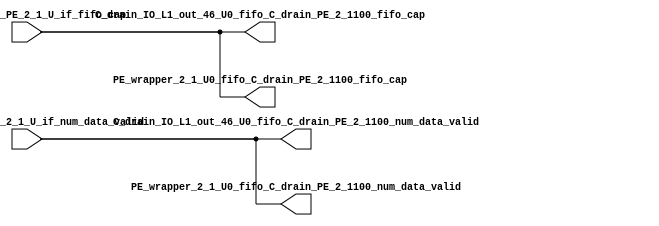
// ==================================================
// RTL generated by RapidStream
//
// Copyright 2024 RapidStream Design Automation, Inc.
// All Rights Reserved.
// ==================================================
`timescale 1 ns / 1 ps
module __rs_kernel3_aux_split_aux_92 #(
    parameter C_S_AXI_CONTROL_DATA_WIDTH  = 32,
    parameter C_S_AXI_CONTROL_ADDR_WIDTH  = 6,
    parameter C_S_AXI_DATA_WIDTH          = 32,
    parameter C_M_AXI_GMEM_A_ID_WIDTH     = 1,
    parameter C_M_AXI_GMEM_A_ADDR_WIDTH   = 64,
    parameter C_M_AXI_GMEM_A_DATA_WIDTH   = 512,
    parameter C_M_AXI_GMEM_A_AWUSER_WIDTH = 1,
    parameter C_M_AXI_GMEM_A_ARUSER_WIDTH = 1,
    parameter C_M_AXI_GMEM_A_WUSER_WIDTH  = 1,
    parameter C_M_AXI_GMEM_A_RUSER_WIDTH  = 1,
    parameter C_M_AXI_GMEM_A_BUSER_WIDTH  = 1,
    parameter C_M_AXI_GMEM_A_USER_VALUE   = 0,
    parameter C_M_AXI_GMEM_A_PROT_VALUE   = 0,
    parameter C_M_AXI_GMEM_A_CACHE_VALUE  = 3,
    parameter C_M_AXI_DATA_WIDTH          = 32,
    parameter C_M_AXI_GMEM_B_ID_WIDTH     = 1,
    parameter C_M_AXI_GMEM_B_ADDR_WIDTH   = 64,
    parameter C_M_AXI_GMEM_B_DATA_WIDTH   = 512,
    parameter C_M_AXI_GMEM_B_AWUSER_WIDTH = 1,
    parameter C_M_AXI_GMEM_B_ARUSER_WIDTH = 1,
    parameter C_M_AXI_GMEM_B_WUSER_WIDTH  = 1,
    parameter C_M_AXI_GMEM_B_RUSER_WIDTH  = 1,
    parameter C_M_AXI_GMEM_B_BUSER_WIDTH  = 1,
    parameter C_M_AXI_GMEM_B_USER_VALUE   = 0,
    parameter C_M_AXI_GMEM_B_PROT_VALUE   = 0,
    parameter C_M_AXI_GMEM_B_CACHE_VALUE  = 3,
    parameter C_M_AXI_GMEM_C_ID_WIDTH     = 1,
    parameter C_M_AXI_GMEM_C_ADDR_WIDTH   = 64,
    parameter C_M_AXI_GMEM_C_DATA_WIDTH   = 512,
    parameter C_M_AXI_GMEM_C_AWUSER_WIDTH = 1,
    parameter C_M_AXI_GMEM_C_ARUSER_WIDTH = 1,
    parameter C_M_AXI_GMEM_C_WUSER_WIDTH  = 1,
    parameter C_M_AXI_GMEM_C_RUSER_WIDTH  = 1,
    parameter C_M_AXI_GMEM_C_BUSER_WIDTH  = 1,
    parameter C_M_AXI_GMEM_C_USER_VALUE   = 0,
    parameter C_M_AXI_GMEM_C_PROT_VALUE   = 0,
    parameter C_M_AXI_GMEM_C_CACHE_VALUE  = 3,
    parameter C_S_AXI_CONTROL_WSTRB_WIDTH = 4,
    parameter C_S_AXI_WSTRB_WIDTH         = 4,
    parameter C_M_AXI_GMEM_A_WSTRB_WIDTH  = 64,
    parameter C_M_AXI_WSTRB_WIDTH         = 4,
    parameter C_M_AXI_GMEM_B_WSTRB_WIDTH  = 64,
    parameter C_M_AXI_GMEM_C_WSTRB_WIDTH  = 64
) (
    output wire [1:0] C_drain_IO_L1_out_46_U0_fifo_C_drain_PE_2_1100_fifo_cap,
    output wire [1:0] C_drain_IO_L1_out_46_U0_fifo_C_drain_PE_2_1100_num_data_valid,
    output wire [1:0] PE_wrapper_2_1_U0_fifo_C_drain_PE_2_1100_fifo_cap,
    output wire [1:0] PE_wrapper_2_1_U0_fifo_C_drain_PE_2_1100_num_data_valid,
    input wire  [1:0] fifo_C_drain_PE_2_1_U_if_fifo_cap,
    input wire  [1:0] fifo_C_drain_PE_2_1_U_if_num_data_valid
);
assign C_drain_IO_L1_out_46_U0_fifo_C_drain_PE_2_1100_fifo_cap = fifo_C_drain_PE_2_1_U_if_fifo_cap;
assign C_drain_IO_L1_out_46_U0_fifo_C_drain_PE_2_1100_num_data_valid = fifo_C_drain_PE_2_1_U_if_num_data_valid;
assign PE_wrapper_2_1_U0_fifo_C_drain_PE_2_1100_fifo_cap = fifo_C_drain_PE_2_1_U_if_fifo_cap;
assign PE_wrapper_2_1_U0_fifo_C_drain_PE_2_1100_num_data_valid = fifo_C_drain_PE_2_1_U_if_num_data_valid;
endmodule